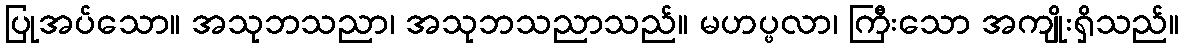
ပြုအပ်သော။ အသုဘသညာ၊ အသုဘသညာသည်။ မဟပ္ဖလာ၊ ကြီးသော အကျိုးရှိသည်။